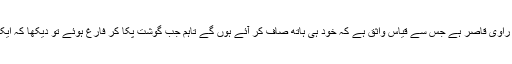
اب گوشت کا کیا ہوا یہ بتانے سے راوی قاصر ہے جس سے قیاس واثق ہے کہ خود ہی ہاتھ صاف کر آئے ہوں گے تاہم جب گوشت پکا کر فارغ ہوئے تو دیکھا کہ ایک کی بجائے دس اونٹ کھڑے ہیں۔